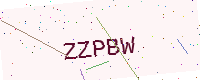
Text: ZZPBW